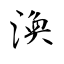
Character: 渙